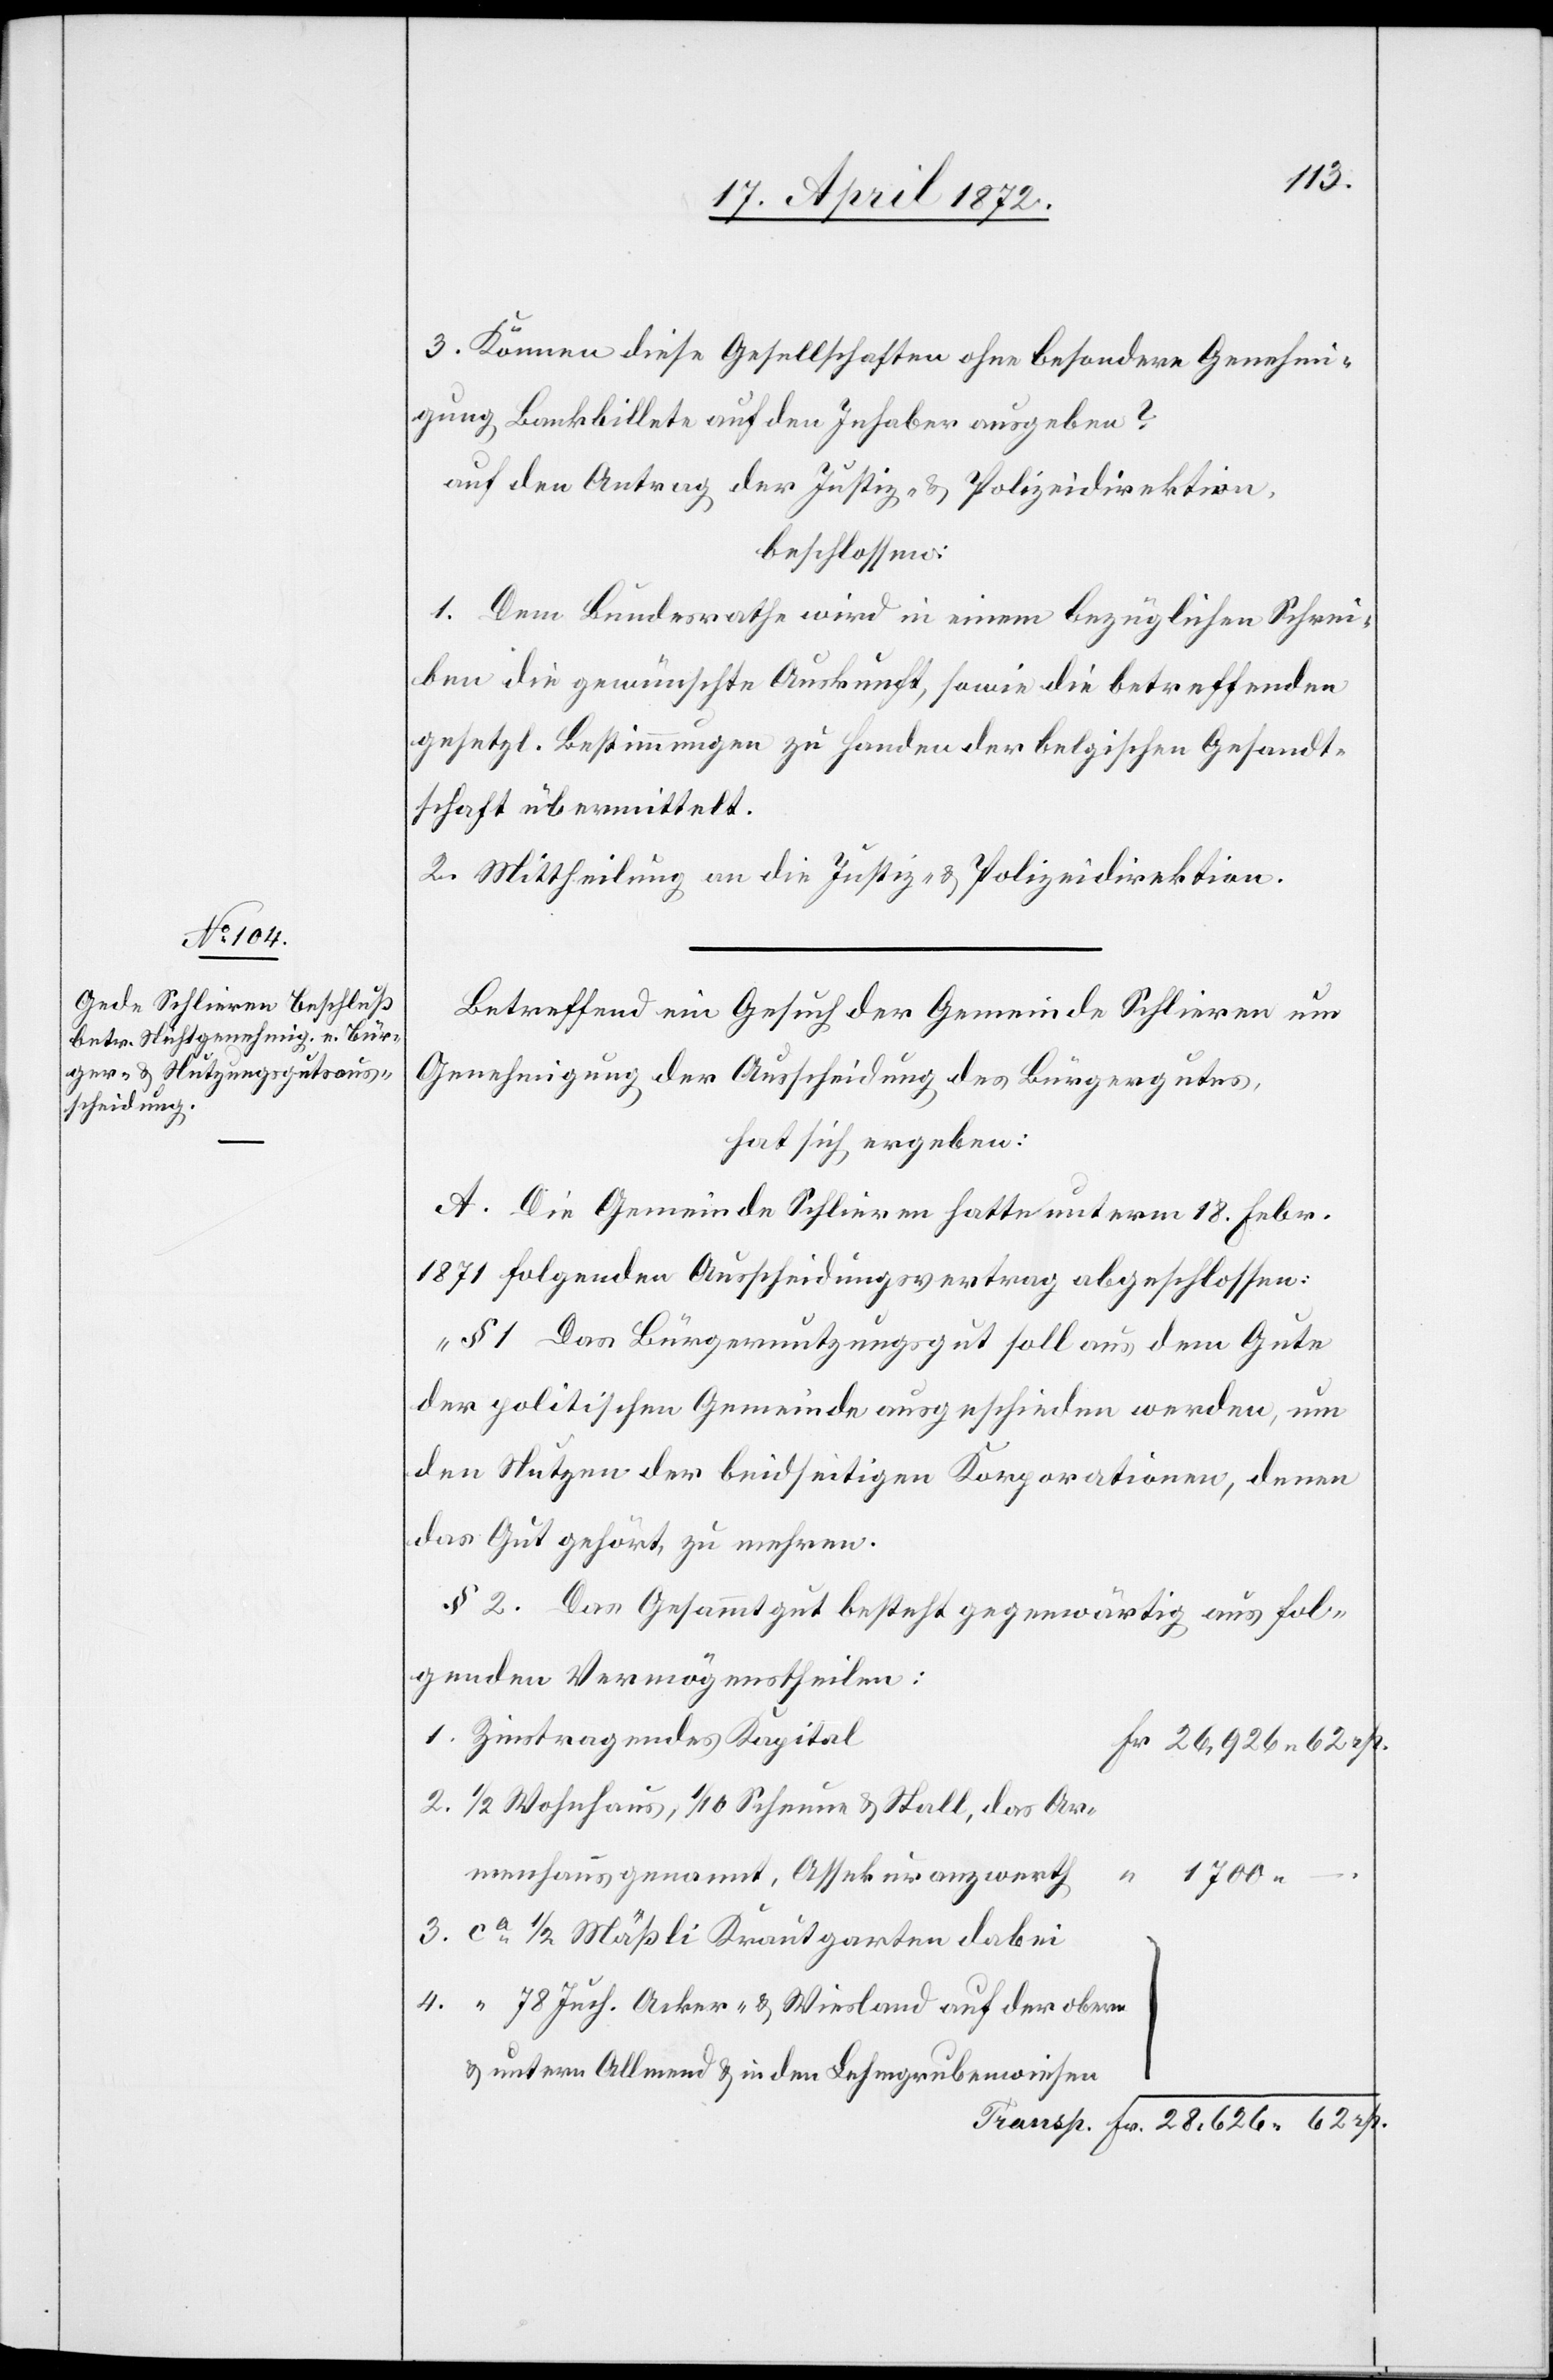
3. Können diese Gesellschaften ohne besondere Genehmi¬
gung Bankbillete auf den Inhaber ausgeben?
auf den Antrag der Justiz- u. Polizeidirektion,
beschlossen:
1. Dem Bundesrathe wird in einem bezüglichen Schrei¬
ben die gewünschte Auskunft, sowie die betreffenden
gesetzl. Bestimmungen zu Handen der belgischen Gesandt¬
schaft übermittelt.
2. Mittheilung an die Justiz- u. Polizeidirektion.
Betreffend ein Gesuch der Gemeinde Schlieren um
Genehmigung der Ausscheidung des Bürgergutes,
hat sich ergeben:
A. Die Gemeinde Schlieren hatte unterm 18. Febr.
1871 folgenden Ausscheidungsvertrag abgeschlossen:
„§ 1 Das Bürgernutzungsgut soll aus dem Gute
der politischen Gemeinde ausgeschieden werden, um
den Nutzen der beidseitigen Korporationen, denen
das Gut gehört, zu mehren.
§ 2. Das Gesammtgut besteht gegenwärtig aus fol¬
genden Vermögenstheilen:
1. Zinstragendes Kapital
2. 1/2 Wohnhaus, 1/10 Scheune u. Stall, das Ar¬
menhaus genannt, Assekuranzwerth
“
1700
3. ca 1/2 Mäßli Krautgarten dabei
4. “ 78 Juch. Acker- u. Wiesland auf der obern
u. untern Allmend u. in den Lehmgrubenwiesen